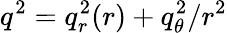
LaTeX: q^{2}=q_{r}^{2}(r)+q_{\theta}^{2}/r^{2}